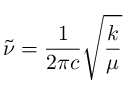
{ \tilde { \nu } } = { \frac { 1 } { 2 \pi c } } { \sqrt { \frac { k } { \mu } } }